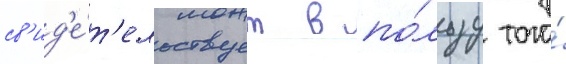
св'ид'е́т'ельствует в по́льзу того́